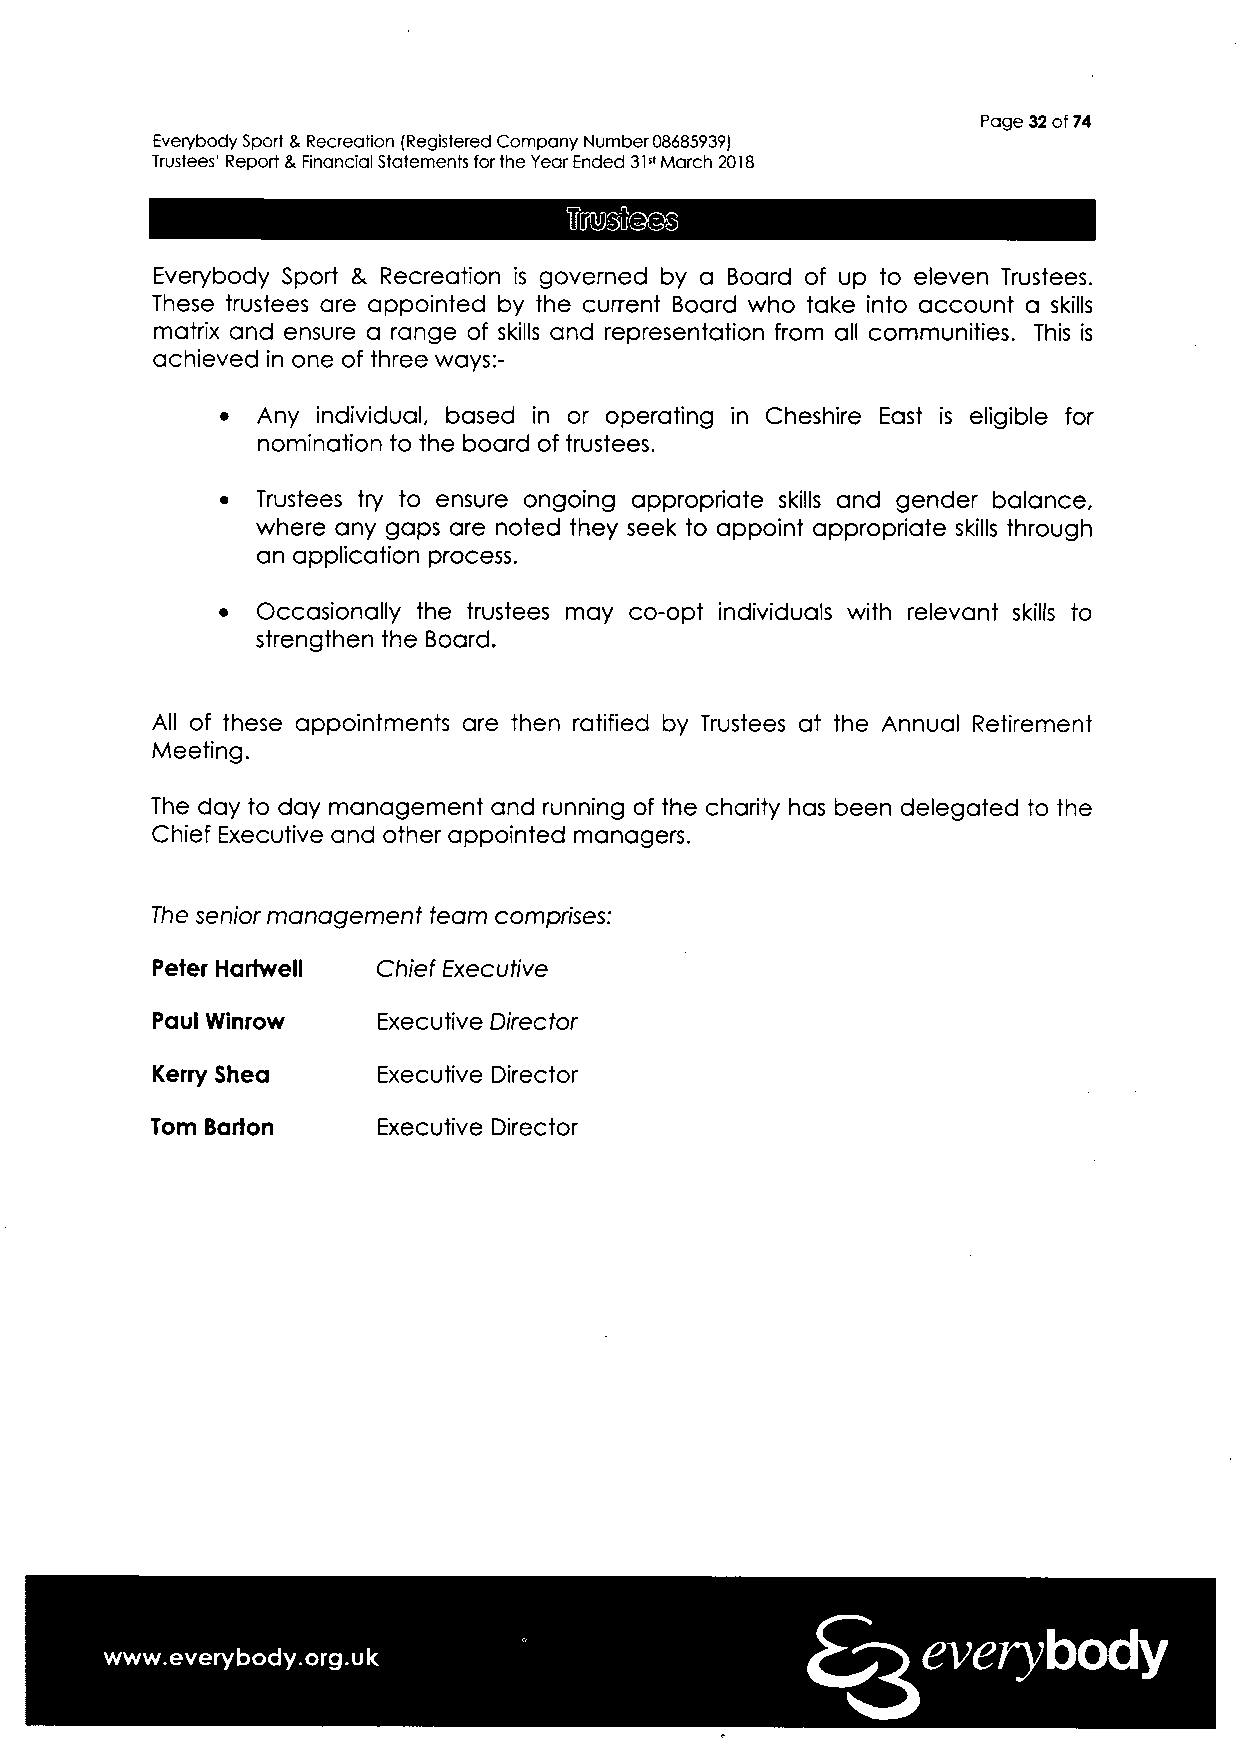
Page 32 of 74
 Everybody Sport & Recreation (Registered Company Number 08685939)
 Trustees' Report & Financial Statements for the Year Ended 31st March 2018
 Everybody Sport & Recreation is governed by a Board of up to eleven Trustees.
 These trustees are appointed by the current Board who take into account a skills
 matrix and ensure a range of skills and representation from all communities. This is
 achieved in one of three ways:-
 • Any individual, based in or operating in Cheshire East is eligible for
 nomination to the board of trustees.
 • Trustees try to ensure ongoing appropriate skills and gender balance,
 where any gaps are noted they seek to appoint appropriate skills through
 an application process.
 •  Occasionally the trustees may co-opt individuals with relevant skills to
 strengthen the Board.
 All of these appointments are then ratified by Trustees at the Annual Retirement
 Meeting.
 The day to day management and running of the charity has been delegated to the
 Chief Executive and other appointed managers.
 The senior management team comprises:
 Peter Hartwell Chief Executive
 Paul Winrow    Executive Director
 Kerry Shea     Executive Director
 Tom Barton     Executive Director
 everybody
 www.everybody.org.uk